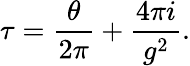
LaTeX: \tau=\frac{\theta}{2\pi}+\frac{4\pi i}{g^{2}}.